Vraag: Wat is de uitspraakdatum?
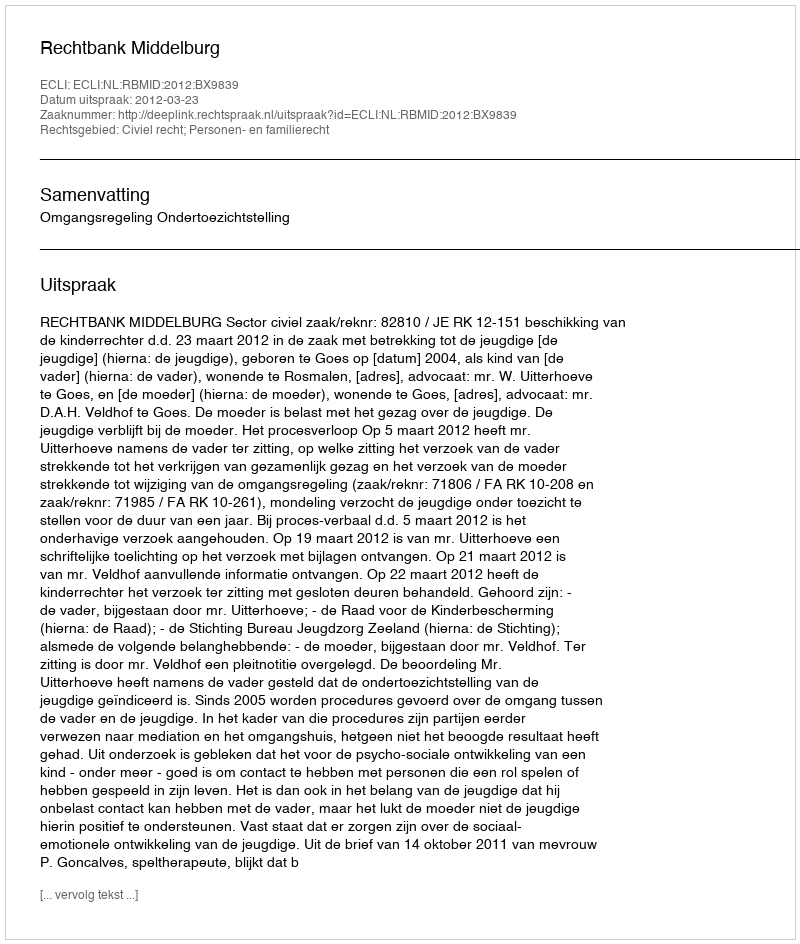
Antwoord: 2012-03-23